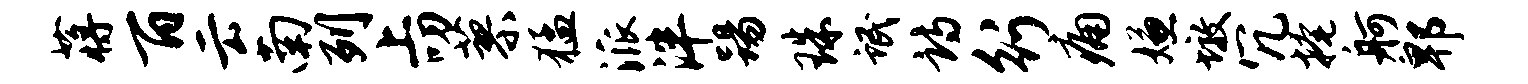
蒋百云南列上叨蓼猛派泮踢珠氓诗行痛嫌墩冗掩舸郫